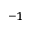
^ { - 1 }